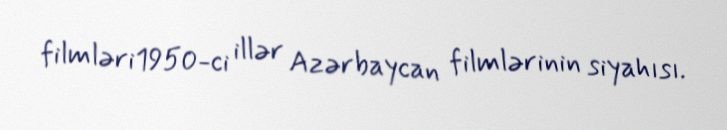
filmləri1950-ci illər Azərbaycan filmlərinin siyahısı.